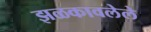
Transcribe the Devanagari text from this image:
झळकावलेले